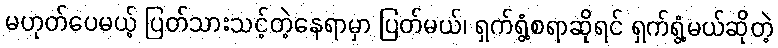
မဟုတ်ပေမယ့် ပြတ်သားသင့်တဲ့နေရာမှာ ပြတ်မယ်၊ ရှက်ရွံ့စရာဆိုရင် ရှက်ရွံ့မယ်ဆိုတဲ့